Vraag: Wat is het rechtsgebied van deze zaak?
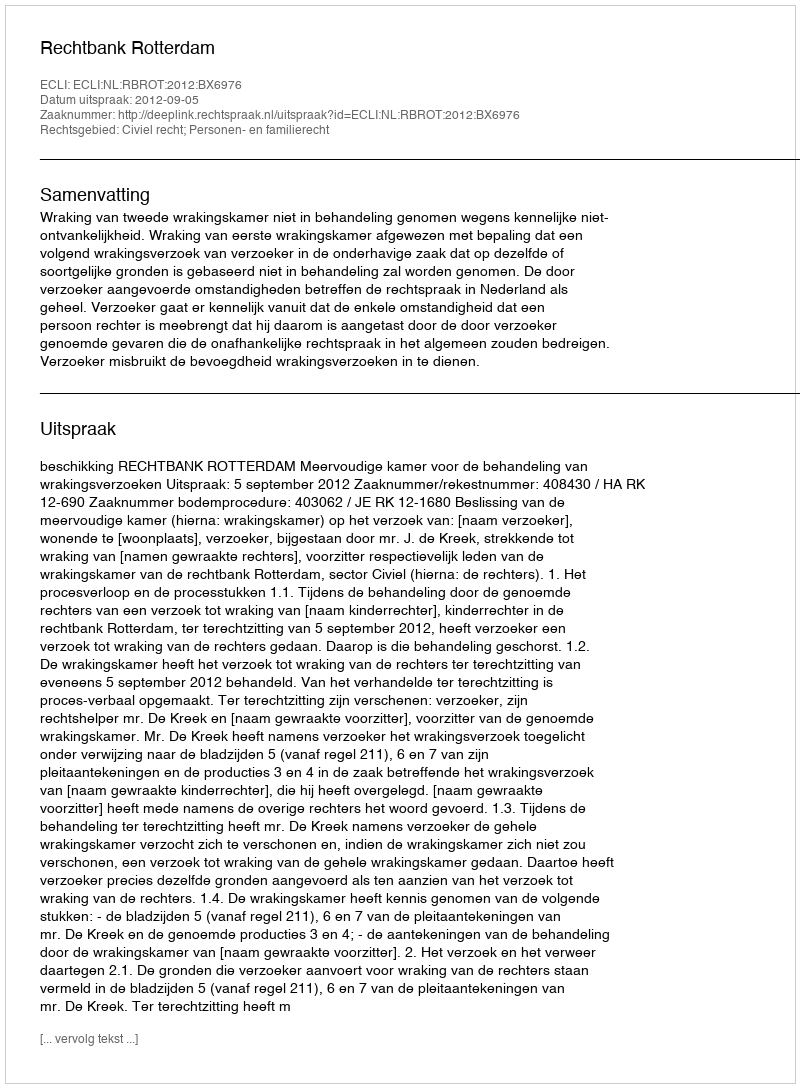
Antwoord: Civiel recht; Personen- en familierecht